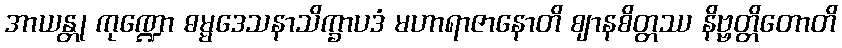
အာယန္တု ကုဏ္ဍော ဓမ္မဒေသနာသိက္ခာပဒံ မဟာရာဇာနောတိ ဈာနစိတ္တဿ နိဗ္ဗတ္တိတောတိ